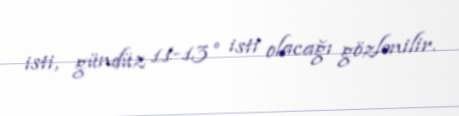
isti, gündüz 11-13° isti olacağı gözlənilir.